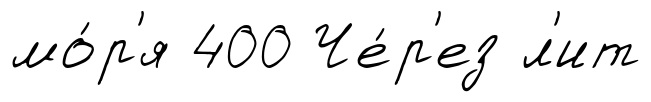
мо́р'я 400 Че́р'ез л'ит